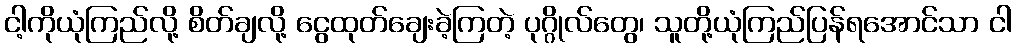
ငါ့ကိုယုံကြည်လို့ စိတ်ချလို့ ငွေထုတ်ချေးခဲ့ကြတဲ့ ပုဂ္ဂိုလ်တွေ၊ သူတို့ယုံကြည်ပြန်ရအောင်သာ ငါ